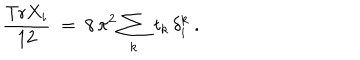
\frac { \mathrm { T r } X _ { i } } { 1 2 } \ = \ 8 \, \pi ^ { 2 } \sum _ { k } \: t _ { k } \, \delta _ { i } ^ { k } \ .